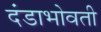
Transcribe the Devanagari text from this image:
दंडाभोवती